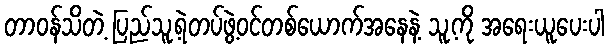
တာဝန်သိတဲ့ ပြည်သူ့ရဲတပ်ဖွဲ့ဝင်တစ်ယောက်အနေနဲ့ သူ့ကို အရေးယူပေးပါ